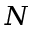
N